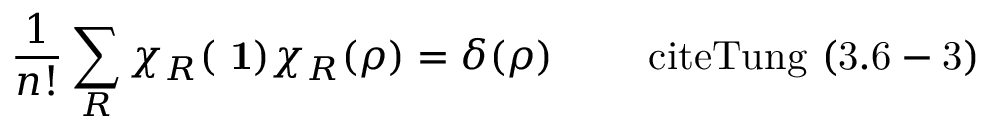
\frac { 1 } { n ! } \sum _ { R } \chi _ { R } ( \mathrm { { \bf ~ 1 } } ) \chi _ { R } ( \rho ) = \delta ( \rho ) \qquad \mathrm { \ c i t e { T u n g } ~ ( 3 . 6 - 3 ) }